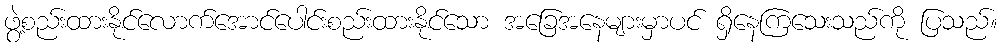
ဖွဲ့စည်းထားနိုင်လောက်အောင်ပေါင်းစည်းထားနိုင်သော အခြေအနေများမှာပင် ရှိနေကြသေးသည်ကို ပြသည်။